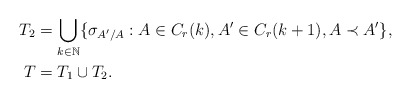
\begin{align*}T_2 &= \bigcup_{k\in \mathbb{N}} \{ \sigma_{A'/A}: A\in C_r(k), A'\in C_r(k+1), A\prec A' \},\\T &=T_1\cup T_2.\end{align*}